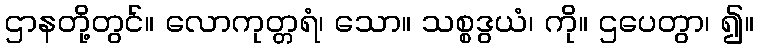
ဌာနတို့တွင်။ လောကုတ္တရံ၊ သော။ သစ္စဒွယံ၊ ကို။ ဌပေတွာ၊ ၍။